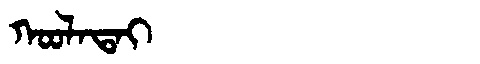
Manchu: ᡴᠣᠣᠯᠠᡨᠠᡳ
Romanization: KOOLATAI